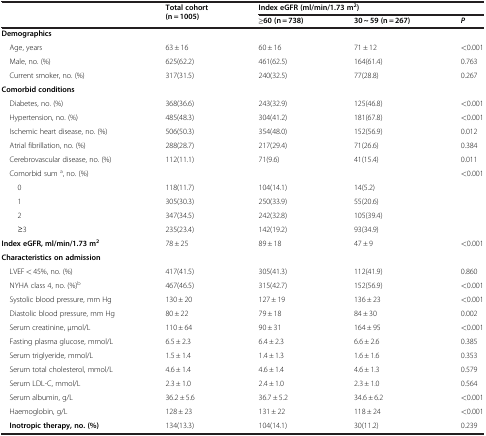
<table><thead><tr><td rowspan="2"><b> </b></td><td rowspan="2"><b>Total cohort (n = 1005)</b></td><td><b>Index eGFR, ml/min/1.73 m<sup>2</sup></b></td><td><b> </b></td><td><b> </b></td></tr><tr><td><b>≥60 (n = 738)</b></td><td><b>30 ~ 59 (n = 267)</b></td><td><b><i>P</i></b></td></tr></thead><tbody><tr><td><b>Demographics</b></td><td> </td><td> </td><td> </td><td> </td></tr><tr><td> Age, years</td><td>63 ± 16</td><td>60 ± 16</td><td>71 ± 12</td><td>&lt;0.001</td></tr><tr><td> Male, no. (%)</td><td>625(62.2)</td><td>461(62.5)</td><td>164(61.4)</td><td>0.763</td></tr><tr><td> Current smoker, no. (%)</td><td>317(31.5)</td><td>240(32.5)</td><td>77(28.8)</td><td>0.267</td></tr><tr><td><b>Comorbid conditions</b></td><td> </td><td> </td><td> </td><td> </td></tr><tr><td> Diabetes, no. (%)</td><td>368(36.6)</td><td>243(32.9)</td><td>125(46.8)</td><td>&lt;0.001</td></tr><tr><td> Hypertension, no. (%)</td><td>485(48.3)</td><td>304(41.2)</td><td>181(67.8)</td><td>&lt;0.001</td></tr><tr><td> Ischemic heart disease, no. (%)</td><td>506(50.3)</td><td>354(48.0)</td><td>152(56.9)</td><td>0.012</td></tr><tr><td> Atrial fibrillation, no. (%)</td><td>288(28.7)</td><td>217(29.4)</td><td>71(26.6)</td><td>0.384</td></tr><tr><td> Cerebrovascular disease, no. (%)</td><td>112(11.1)</td><td>71(9.6)</td><td>41(15.4)</td><td>0.011</td></tr><tr><td> Comorbid sum <sup>a</sup>, no. (%)</td><td> </td><td> </td><td> </td><td>&lt;0.001</td></tr><tr><td>0</td><td>118(11.7)</td><td>104(14.1)</td><td>14(5.2)</td><td> </td></tr><tr><td>1</td><td>305(30.3)</td><td>250(33.9)</td><td>55(20.6)</td><td> </td></tr><tr><td>2</td><td>347(34.5)</td><td>242(32.8)</td><td>105(39.4)</td><td> </td></tr><tr><td>≥3</td><td>235(23.4)</td><td>142(19.2)</td><td>93(34.9)</td><td> </td></tr><tr><td><b>Index eGFR, ml/min/1.73 m</b><sup><b>2</b></sup></td><td>78 ± 25</td><td>89 ± 18</td><td>47 ± 9</td><td>&lt;0.001</td></tr><tr><td><b>Characteristics on admission</b></td><td> </td><td> </td><td> </td><td> </td></tr><tr><td> LVEF &lt; 45%, no. (%)</td><td>417(41.5)</td><td>305(41.3)</td><td>112(41.9)</td><td>0.860</td></tr><tr><td> NYHA class 4, no. (%)<sup>b</sup></td><td>467(46.5)</td><td>315(42.7)</td><td>152(56.9)</td><td>&lt;0.001</td></tr><tr><td> Systolic blood pressure, mm Hg</td><td>130 ± 20</td><td>127 ± 19</td><td>136 ± 23</td><td>&lt;0.001</td></tr><tr><td> Diastolic blood pressure, mm Hg</td><td>80 ± 22</td><td>79 ± 18</td><td>84 ± 30</td><td>0.002</td></tr><tr><td> Serum creatinine, μmol/L</td><td>110 ± 64</td><td>90 ± 31</td><td>164 ± 95</td><td>&lt;0.001</td></tr><tr><td> Fasting plasma glucose, mmol/L</td><td>6.5 ± 2.3</td><td>6.4 ± 2.3</td><td>6.6 ± 2.6</td><td>0.385</td></tr><tr><td> Serum triglyeride, mmol/L</td><td>1.5 ± 1.4</td><td>1.4 ± 1.3</td><td>1.6 ± 1.6</td><td>0.353</td></tr><tr><td> Serum total cholesterol, mmol/L</td><td>4.6 ± 1.4</td><td>4.6 ± 1.4</td><td>4.6 ± 1.3</td><td>0.579</td></tr><tr><td> Serum LDL-C, mmol/L</td><td>2.3 ± 1.0</td><td>2.4 ± 1.0</td><td>2.3 ± 1.0</td><td>0.564</td></tr><tr><td> Serum albumin, g/L</td><td>36.2 ± 5.6</td><td>36.7 ± 5.2</td><td>34.6 ± 6.2</td><td>&lt;0.001</td></tr><tr><td> Haemoglobin, g/L</td><td>128 ± 23</td><td>131 ± 22</td><td>118 ± 24</td><td>&lt;0.001</td></tr><tr><td> <b>Inotropic therapy, no. (%)</b></td><td>134(13.3)</td><td>104(14.1)</td><td>30(11.2)</td><td>0.239</td></tr></tbody></table>